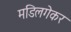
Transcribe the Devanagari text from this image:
मडिलगेकर